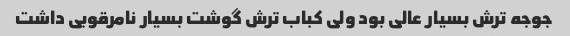
جوجه ترش بسیار عالی بود ولی کباب ترش گوشت بسیار نامرقوبی داشت